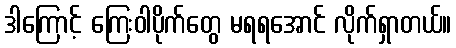
ဒါကြောင့် ကြေးဝါပိုက်တွေ မရရအောင် လိုက်ရှာတယ်။